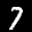
Label: 7